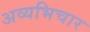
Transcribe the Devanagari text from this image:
अव्यभिचार